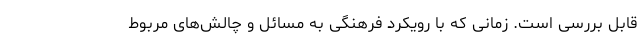
قابل بررسی است. زمانی که با رویکرد فرهنگی به مسائل و چالش‌های مربوط